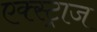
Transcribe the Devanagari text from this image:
एक्स्ट्राज